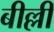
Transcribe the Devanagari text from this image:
बील्ली